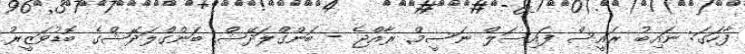
ފާހަގަ: ނައިބު ރައީސް ފައިސަލް ނަސީމް